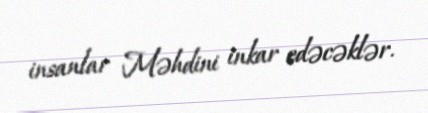
insanlar Məhdini inkar edəcəklər.